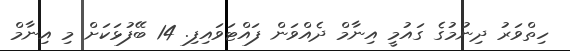
ހިތްވަރު ދިނުމުގެ ގައުމީ އިނާމް ދެއްވަން ފައްޓަވައިފި. 14 ބޭފުޅަކަށް މި އިނާމް